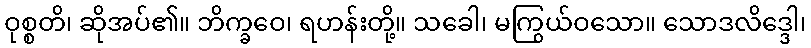
ဝုစ္စတိ၊ ဆိုအပ်၏။ ဘိက္ခဝေ၊ ရဟန်းတို့။ သခေါ၊ မကြွယ်ဝသော။ သောဒလိဒ္ဒေါ၊